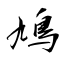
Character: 鳩